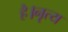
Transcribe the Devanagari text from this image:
है।नृत्य